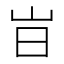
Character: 㞱